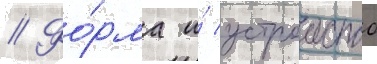
// Фо́рма и́ устроиство